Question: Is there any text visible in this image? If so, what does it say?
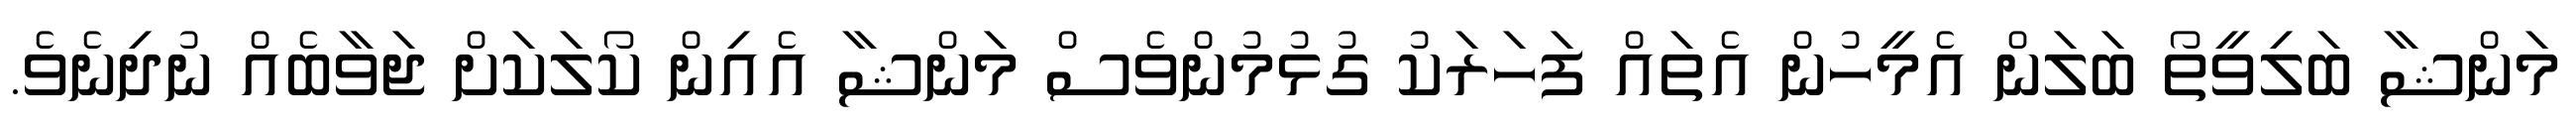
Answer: މަންޝާ ބަލިވީތޯ ބަލަން އެމީހުން އެތައް ފަހަރަކު ގުޅުމުންވެސް މަންޝާ އެއިން ކޯލަކަށް ޖަވާބެއް ނުދިނެވެ.